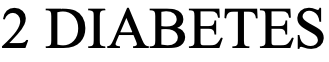
2 DIABETES